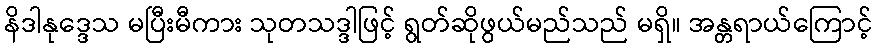
နိဒါနုဒ္ဒေသ မပြီးမီကား သုတသဒ္ဒါဖြင့် ရွတ်ဆိုဖွယ်မည်သည် မရှိ။ အန္တရာယ်ကြောင့်